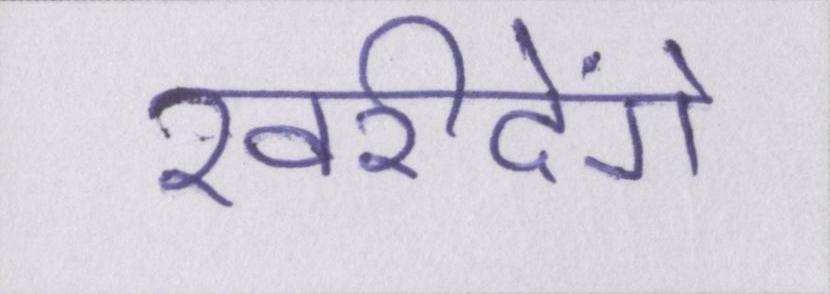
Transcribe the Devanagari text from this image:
खरीदेंगे